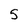
Character: 5